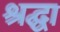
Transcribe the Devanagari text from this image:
श्रद्घा